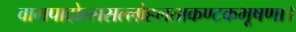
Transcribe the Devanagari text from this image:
वामपादोल्लसल्लोहलताकण्टकभूषणा।